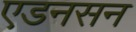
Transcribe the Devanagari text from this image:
एडनसन